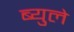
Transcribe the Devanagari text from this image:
ब्युले